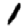
Digit: 1